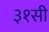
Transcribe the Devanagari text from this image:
३१सी